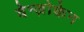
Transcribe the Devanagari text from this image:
वेन्ज़ोकेन